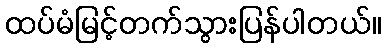
ထပ်မံမြင့်တက်သွားပြန်ပါတယ်။